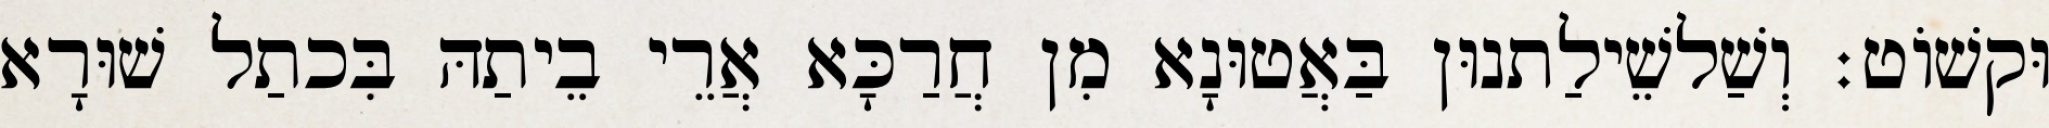
וּקשׁוֹט׃ וְשַׁלשֵׁילַתנוּן בַּאֲטוּנָא מִן חֲרַכָּא אֲרֵי בֵיתַהּ בִּכתַל שׁוּרָא